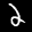
Label: 2